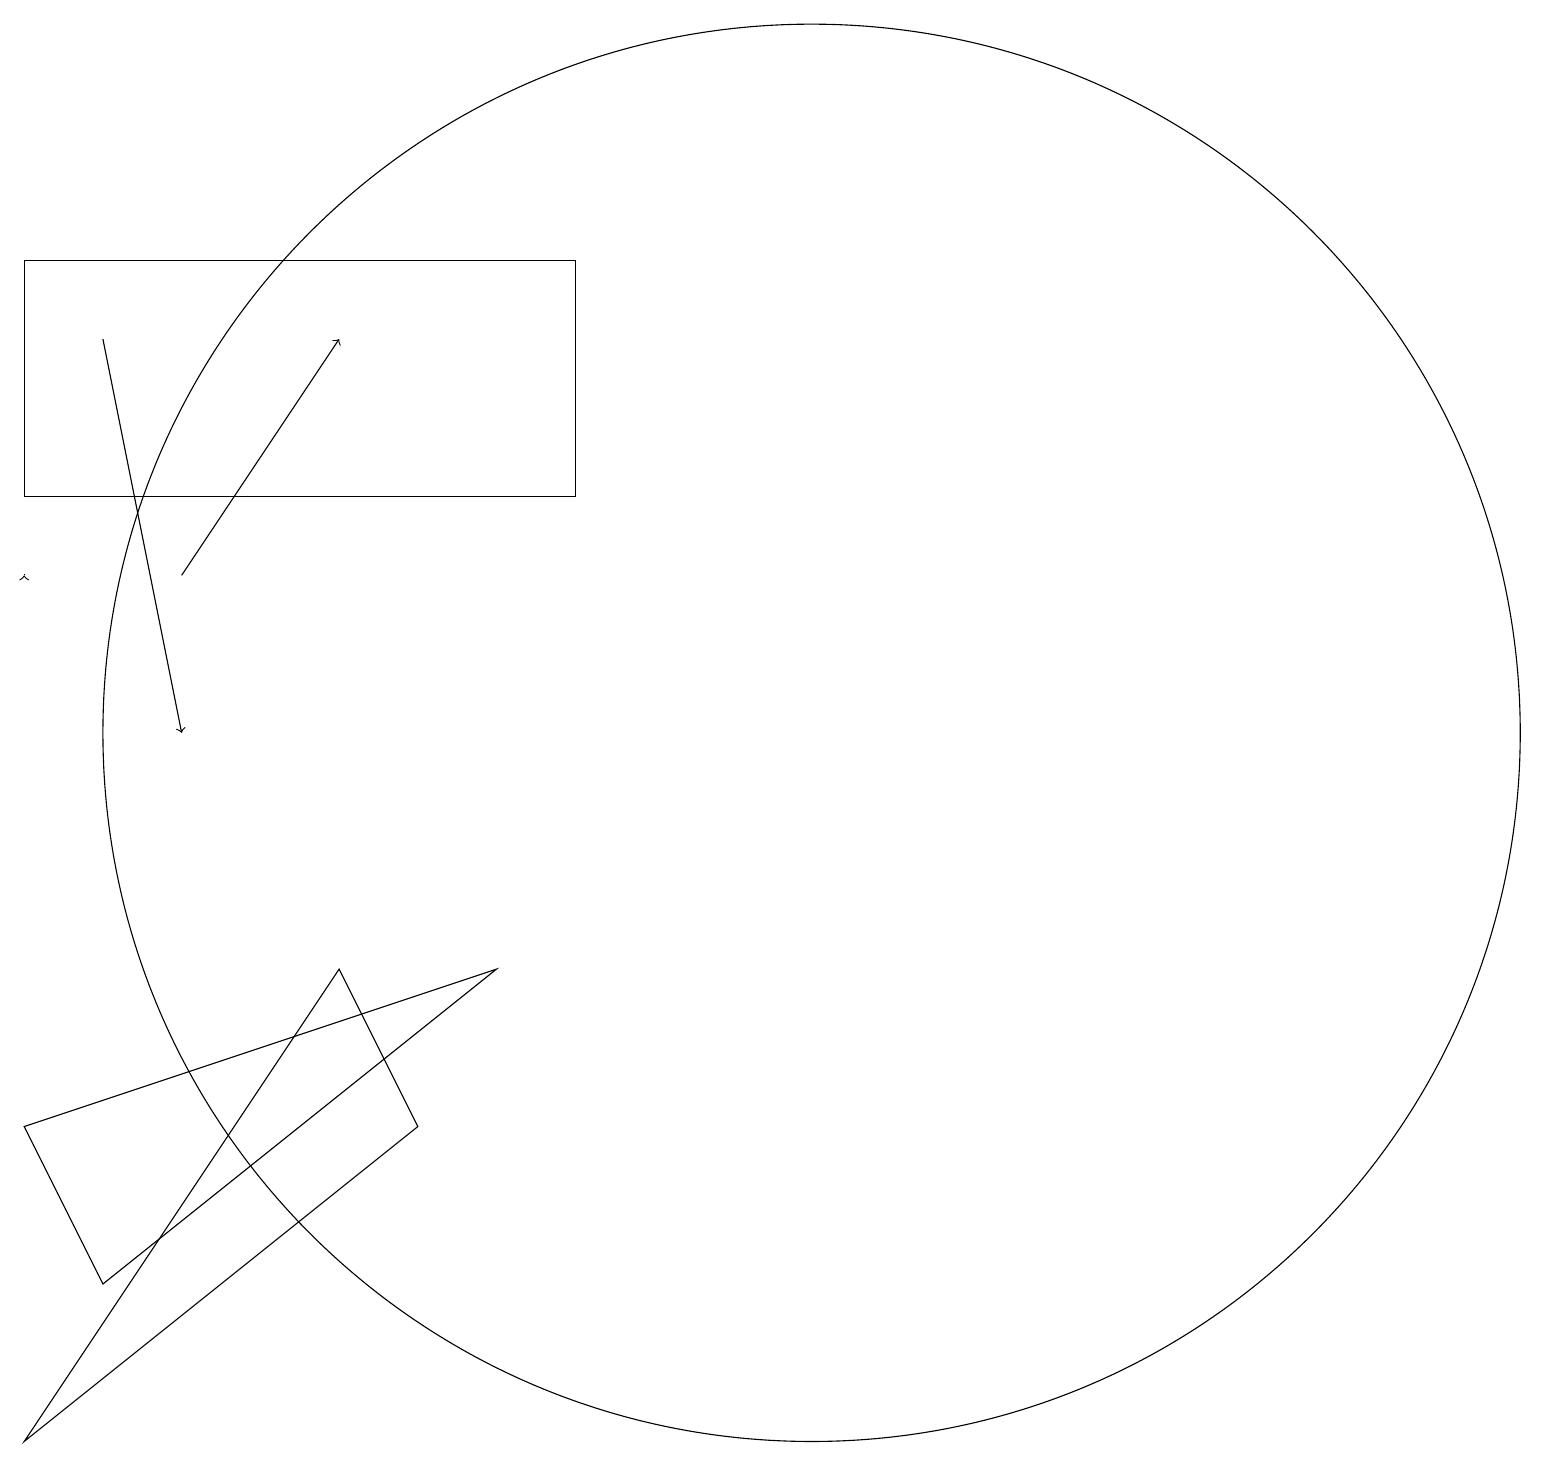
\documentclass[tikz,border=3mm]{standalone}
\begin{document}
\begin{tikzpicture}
\draw[->] (3,17) -- (4,12);
\draw (9,18) rectangle (2,15);
\draw (12,12) circle (9);
\draw[->] (4,14) -- (6,17);
\draw (2,3) -- (6,9) -- (7,7) -- cycle;
\draw[->] (2,14) -- (2,14);
\draw (8,9) -- (2,7) -- (3,5) -- cycle;
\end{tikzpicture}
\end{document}